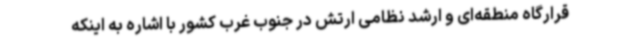
قرارگاه منطقه‌ای و ارشد نظامی ارتش در جنوب غرب کشور با اشاره به اینکه